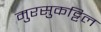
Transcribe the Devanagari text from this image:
मुरसुकट्टिल